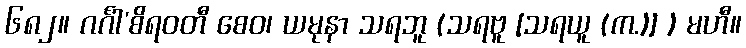
၆၈၂။ ဂင်္ဂါ’စိရဝတီ စေဝ၊ ယမုနာ သရဘူ (သရဗူ [သရယူ (က.)] ) မဟီ။